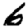
Digit: 6